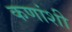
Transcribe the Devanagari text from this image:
कणांशी